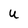
Character: U